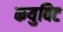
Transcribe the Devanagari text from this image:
कयुबिट